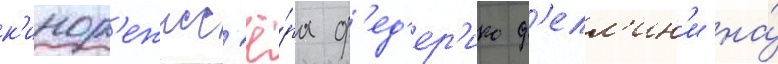
к'инор'ежисс'ё́ра ф'ед'ер'ико ф'елл'ин'и на́